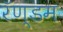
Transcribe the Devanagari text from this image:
रॅण्डम